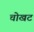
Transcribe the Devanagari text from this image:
चोखट